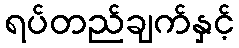
ရပ်တည်ချက်နှင့်